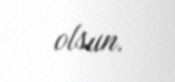
olsun.